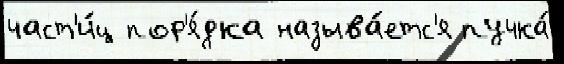
част'и́ц пор'я́дка называ́етс'я пучка́